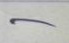
-